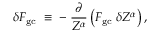
\delta { \cal F } _ { \mathrm { g c } } \; \equiv \; - \; \frac { \partial } { Z ^ { \alpha } } \left( { \cal F } _ { \mathrm { g c } } \; \delta Z ^ { \alpha } \right) ,